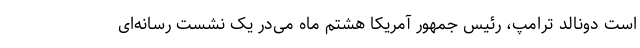
است دونالد ترامپ، رئیس جمهور آمریکا هشتم ماه می‌در یک نشست رسانه‌ای